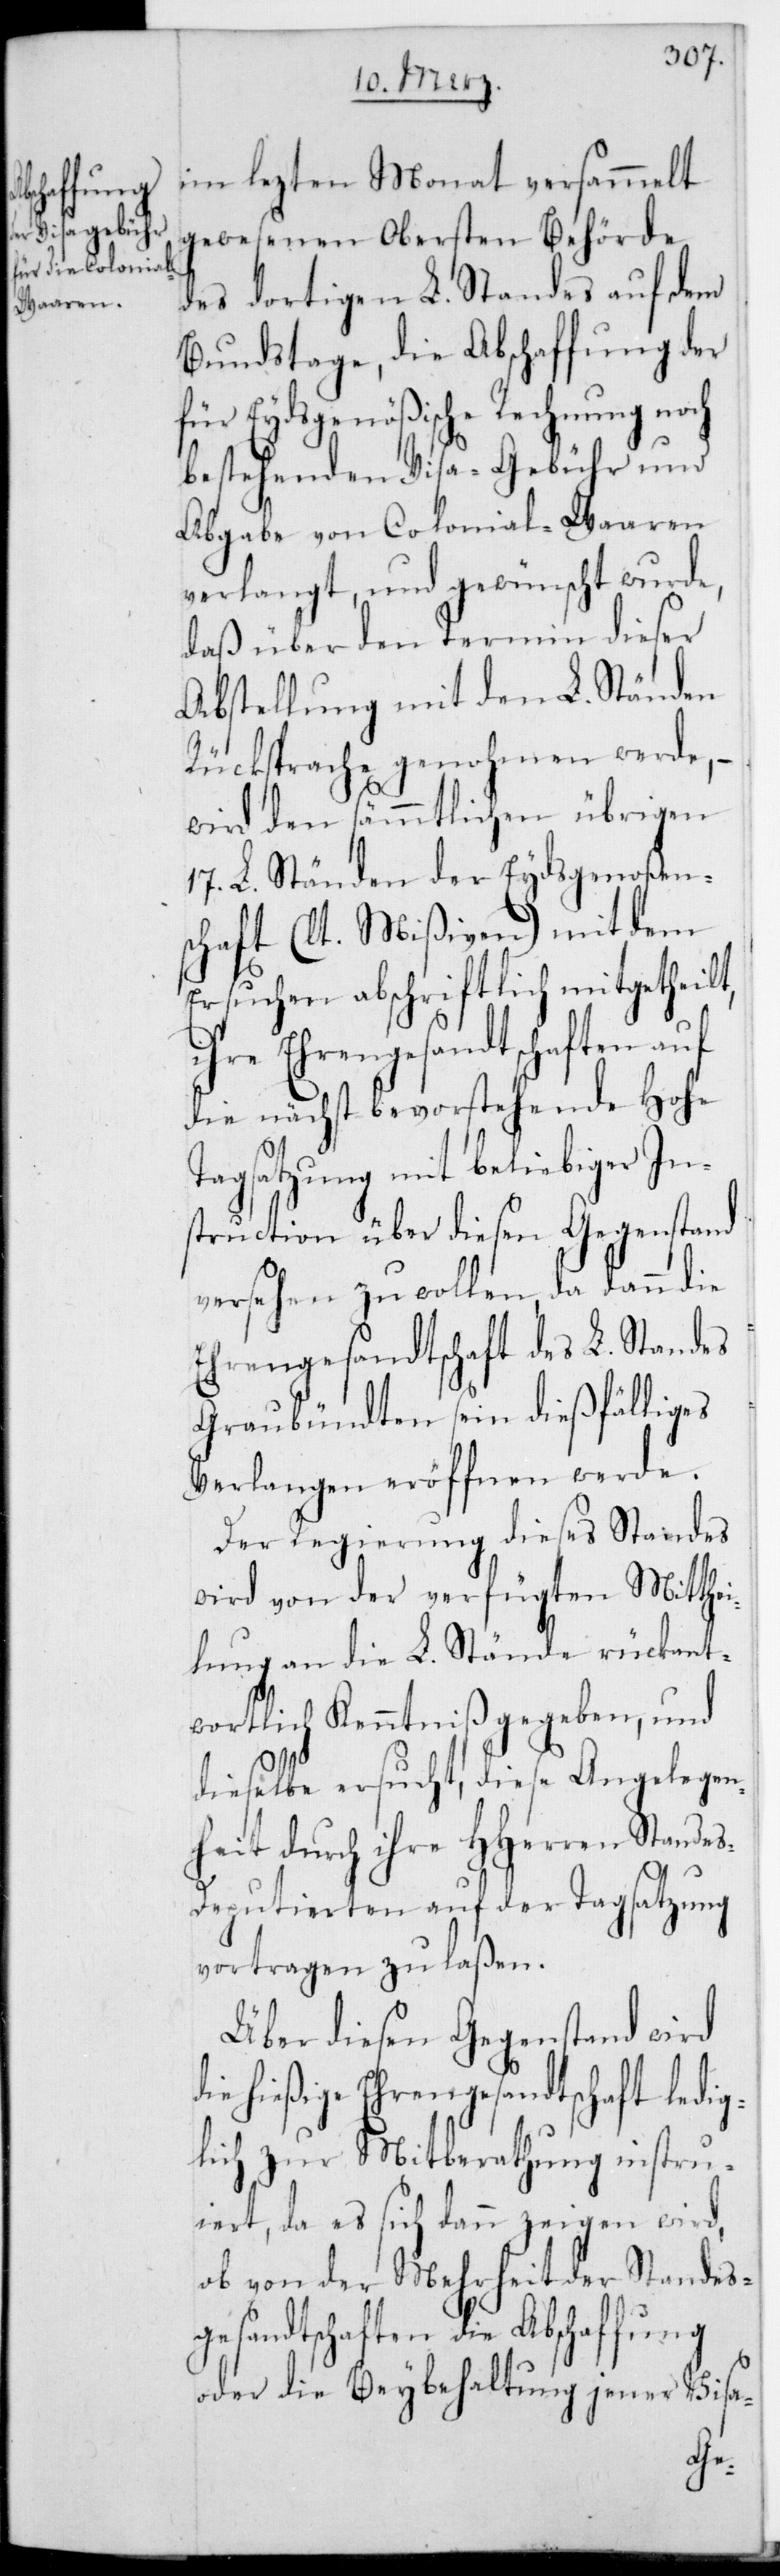
im lezten Monat versammelt
gewesenen obersten Behörde
des dortigen L. Standes auf dem
Bundestage, die Abschaffung der
für Eydsgenößische Rechnung noch
bestehenden Visa-Gebühr und
Abgabe von Colonialwaren
verlangt, und gewünscht wurde,
daß über den Termin dieser
Abstellung mit den L. Ständen
Rücksprache genohmen werde,
wird den sämmtlichen übrigen
17. L. Ständen der Eydsgenoßen¬
schaft (lt. Mißiven) mit dem
Ersuchen abschriftlich mitgetheilt,
ihre Ehrengesandtschaften auf
die nächst bevorstehende Hohe
Tagsatzung mit beliebiger In¬
struction über diesen Gegenstand
versehen zu wollen, da dann die
Ehrengesandtschaft des L. Standes
Graubündten sein dießfälliges
Verlangen eröffnen werde.
Der Regierung dieses Standes
wird von der verfügten Mitthe¬
ilung an die L. Stände rückant¬
wortlich Kenntniß gegeben, und
dieselbe ersucht, diese Angelegen¬
heit durch ihre HHerrn Standes¬
deputierten auf der Tagsatzung
vortragen zu laßen.
Über diesen Gegenstand wird
hießige Ehrengesandtschaft ledig¬
lich zur Mitberathung instru¬
iert, da es sich dann zeigen wird,
ob von der Mehrheit der Standes¬
gesandtschaften die Abschaffung
oder die Beybehaltung jener Visa-